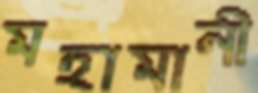
মহামানী